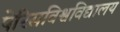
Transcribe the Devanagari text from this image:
पेरिसविश्वविद्यालय